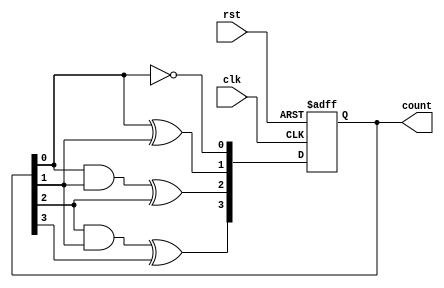
module ripple_counter (
    input wire clk,           // Clock input
    input wire rst,           // Asynchronous reset input
    output reg [3:0] count    // 4-bit count output
);

// Always block triggered on the rising edge of the clock or reset
always @(posedge clk or posedge rst) begin
    if (rst) begin
        // Reset count to 0
        count <= 4'b0000;
    end else begin
        // Counting mechanism
        count[0] <= ~count[0];            // Toggle LSB
        count[1] <= count[0] ^ count[1];  // Toggle next bit on LSB falling edge
        count[2] <= (count[0] & count[1]) ^ count[2]; // Toggle next bit on 2nd bit transition
        count[3] <= (count[2] & count[1]) ^ count[3]; // Toggle MSB on 3rd bit transition
    end
end

endmodule